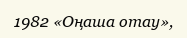
1982 «Оңаша отау»,